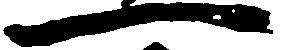
一